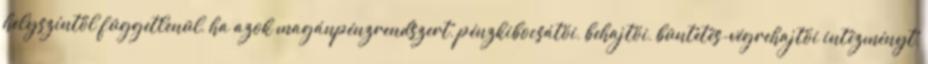
helyszíntől függetlenül, ha azok magánpénzrendszert, pénzkibocsátói, behajtói, büntetés-végrehajtói intézményt,